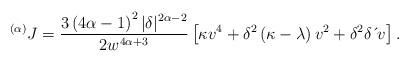
LaTeX: \begin{align*}^{\left( \alpha \right) }J=\frac{3\left( 4\alpha-1\right) ^{2}|\delta|^{2\alpha-2}}{2w^{4\alpha+3}}\left[ \kappa v^{4}+\delta^{2}\left(\kappa-\lambda \right) v^{2}+\delta^{2}\delta \,\acute{}\,v\right] . \end{align*}